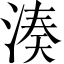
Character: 湊